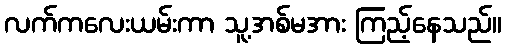
လက်ကလေးယမ်းကာ သူ့အစ်မအား ကြည့်နေသည်။